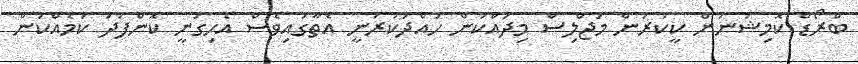
ބްރޯޑް ކޮމިޝަނުން ކީކުރަން މަޖްލިސް މިދައްކަން ހުއްދަކުރަނީ އެތާގައިވެސް އެހިގަނީ ކޮންފަދަ ކަމެއްކަން